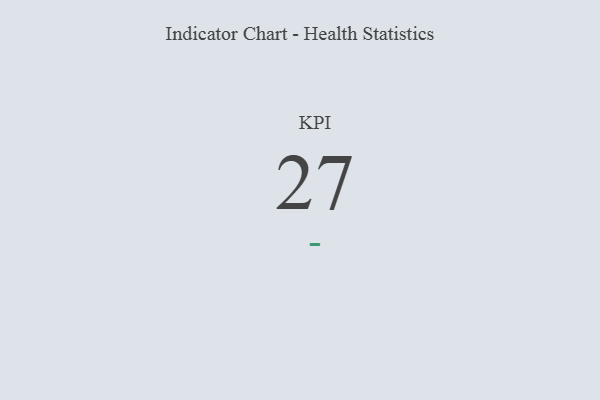
{"axis": {"x": "KPI", "y": "Value"}, "legend": [""], "data": [{"x": "KPI", "y": 27, "type": ""}]}